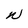
Character: W